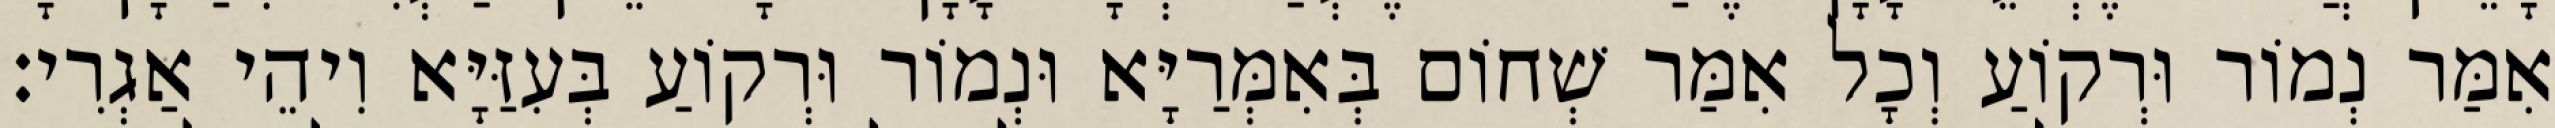
אִמַּר נְמוֹר וּרְקוֹעַ וְכָל אִמַּר שְׁחוֹם בְּאִמְּרַיָּא וּנְמוֹר וּרְקוֹעַ בְּעִזַּיָּא וִיהֵי אַגְרִי׃